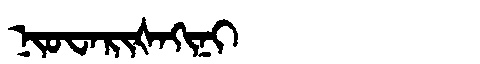
Manchu: ᠨᡳᠣᠸᠠᡵᡳᡧᠠᡴᡳᠨᡳ
Romanization: NIOWARIŠAKINI